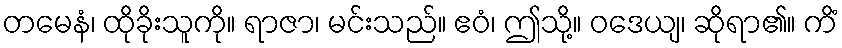
တမေနံ၊ ထိုခိုးသူကို။ ရာဇာ၊ မင်းသည်။ ဧဝံ၊ ဤသို့။ ဝဒေယျ၊ ဆိုရာ၏။ ကိံ